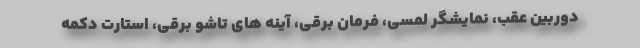
دوربین عقب، نمایشگر لمسی، فرمان برقی، آینه های تاشو برقی، استارت دکمه